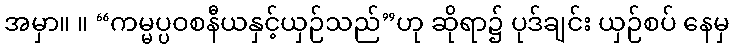
အမှာ။ ။ “ကမ္မပ္ပဝစနီယနှင့်ယှဉ်သည်”ဟု ဆိုရာ၌ ပုဒ်ချင်း ယှဉ်စပ် နေမှ